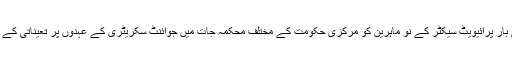
نئی دہلی: ملک میں پہلی بار پرائیویٹ سیکٹر کے نو ماہرین کو مرکزی حکومت کے مختلف محکمہ جات میں جوائنٹ سکریٹری کے عہدوں پر تعیناتی کے لئے منتخب کیا گیا ہے۔